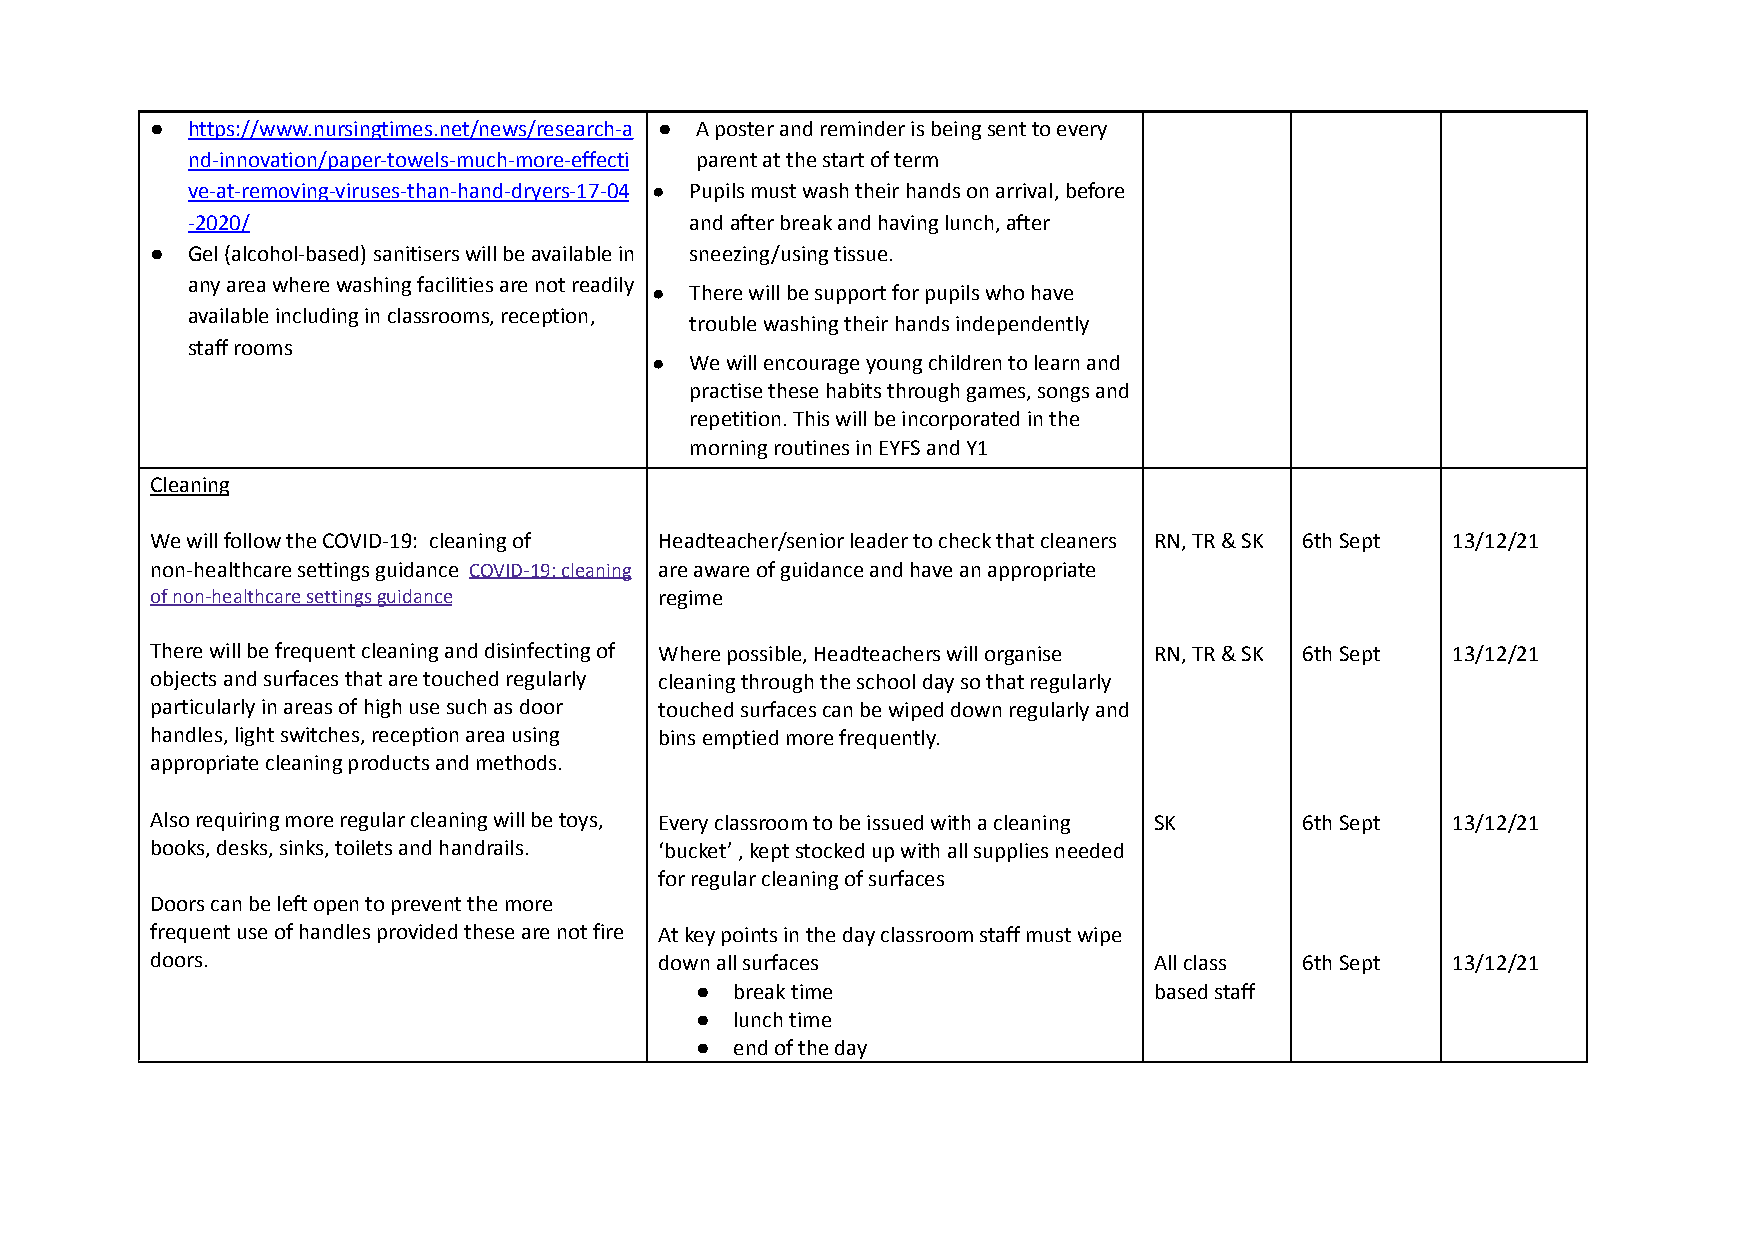
● https://www.nursingtimes.net/news/research-a ● A poster and reminder is being sent to every
 nd-innovation/paper-towels-much-more-effecti parent at the start of term
 ve-at-removing-viruses-than-hand-dryers-17-04 ● Pupils must wash their hands on arrival, before
 -2020/                            and after break and having lunch, after
 ● Gel (alcohol-based) sanitisers will be available in sneezing/using tissue.
 any area where washing facilities are not readily
 ●  There will be support for pupils who have
 available including in classrooms, reception,
 trouble washing their hands independently
 staff rooms
 ●  We will encourage young children to learn and
 practise these habits through games, songs and
 repetition. This will be incorporated in the
 morning routines in EYFS and Y1
 Cleaning
 We will follow the COVID-19: cleaning of Headteacher/senior leader to check that cleaners RN, TR & SK 6th Sept 13/12/21
 non-healthcare settings guidance COVID-19: cleaning are aware of guidance and have an appropriate
 of non-healthcare settings guidance regime
 There will be frequent cleaning and disinfecting of Where possible, Headteachers will organise RN, TR & SK 6th Sept 13/12/21
 objects and surfaces that are touched regularly cleaning through the school day so that regularly
 particularly in areas of high use such as door touched surfaces can be wiped down regularly and
 handles, light switches, reception area using bins emptied more frequently.
 appropriate cleaning products and methods.
 Also requiring more regular cleaning will be toys, Every classroom to be issued with a cleaning SK 6th Sept 13/12/21
 books, desks, sinks, toilets and handrails. ‘bucket’ , kept stocked up with all supplies needed
 for regular cleaning of surfaces
 Doors can be left open to prevent the more
 frequent use of handles provided these are not fire At key points in the day classroom staff must wipe
 doors.                            down all surfaces               All class 6th Sept  13/12/21
 ●  break time                 based staff
 ●  lunch time
 ●  end of the day